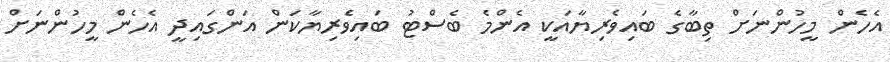
އެހެން މީހުންނަށް ތިބާގެ ބައިވެރިޔާއަކީ އެންމެ ބެސްޓު ބައިވެރިޔާކަން އަންގައިދީ އެހެން މީހުންނަށް